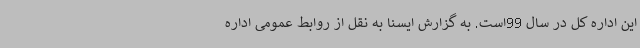
این اداره کل در سال 99است. به گزارش ایسنا به نقل از روابط عمومی اداره